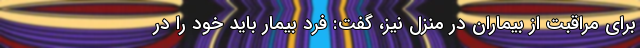
برای مراقبت از بیماران در منزل نیز، گفت: فرد بیمار باید خود را در